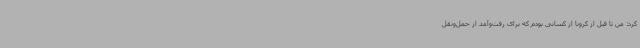
کرد: من تا قبل از کرونا از کسانی بودم که برای رفت‌وآمد از حمل‌ونقل